Lunatic asylums United Prov. 1922-30 - 1922-1930
Year: 1922
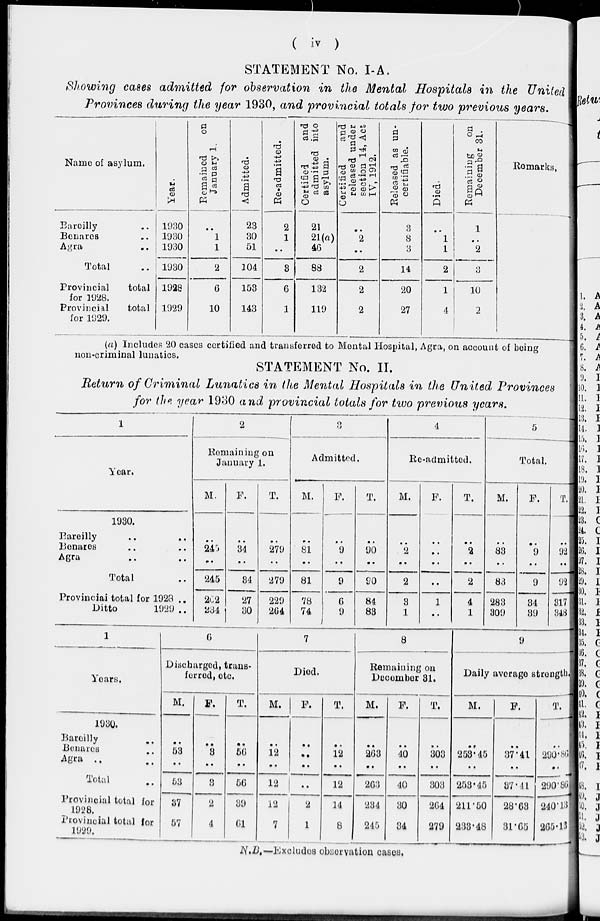
( iv )
STATEMENT No. I-A.
Showing cases admitted for observation in the Mental Hospitals in the United
Provinces during the year 1930, and provincial totals for two previous years.
Name of asylum.
Bareilly ..
Benares ..
Agra ..
Total ..
Provincial
total
for 1928.
Provincial
total
for 1929.
Year.
1930
1930
1930
1930
1928
1929
Remained
on
January 1.
..
1
1
2
6
10
Admitted.
23
30
51
104
153
143
Re-admitted.
2
1
..
3
6
1
Certified
and
admitted into
asylum.
21
21(a)
46
88
132
119
Certified
and
released under
section 14, Act
IV, 1912.
..
2
..
2
2
2
Released as un-
certifiable.
3
8
3
14
20
27
Died.
..
1
1
2
1
4
Remaining
on
December 31.
1
..
2
3
10
2
Remarks.
(a) Includes 20 cases certified and transferred to Mental Hospital, Agra, on account of being
non-criminal lunatics.
STATEMENT No. II.
Return of Criminal Lunatics in the Mental Hospitals in the United Provinces
for the. year 1930 and provincial totals for two previous years.
1
Year.
1930.
Bareilly .. ..
Benares .. ..
Agra .. ..
Total ..
Provincial total for 1928 ..
Ditto
1929 ..
2
Remaining on
January 1.
M.
..
245
..
245
202
234
F.
..
34
..
34
27
30
T.
..
279
..
279
229
264
3
Admitted.
M.
..
81
..
81
78
74
F.
..
9
..
9
6
9
T.
..
90
..
90
84
83
4
Re-admitted.
M.
..
2
..
2
3
1
F.
..
..
..
..
1
..
T.
..
2
..
2
4
1
5
Total.
M.
..
83
..
83
283
309
F.
..
9
..
9
34
39
T.
..
92
..
92
317
348
1
Years.
1930.
Bareilly ..
Benares ..
Agra .. ..
Total ..
Provincial total for
1928.
Provincial total for
1929.
6
Discharged, trans-
ferred, etc.
M.
..
53
..
53
37
57
F.
..
3
..
3
2
4
T.
..
56
..
56
39
61
7
Died.
M.
..
12
..
12
12
7
F.
..
..
..
..
2
1
T.
..
12
..
12
14
8
8
Remaining on
December 31.
M.
..
263
..
263
234
245
F.
..
40
..
40
30
34
T.
..
303
..
303
264
279
9
Daily average strength
M.
..
253.45
..
253.45
211.50
233.48
F.
..
37.41
..
37.41
28.63
31.65
T.
..
290.86
..
290.86
240.13
265.13
N.B.—Excludes observation cases.